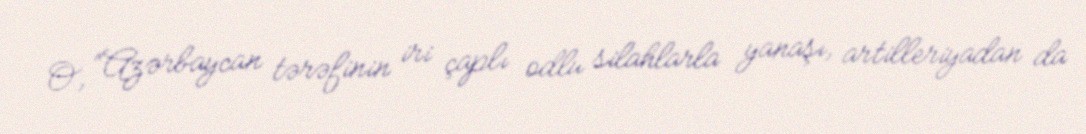
O, “Azərbaycan tərəfinin iri çaplı odlu silahlarla yanaşı, artilleriyadan da